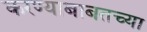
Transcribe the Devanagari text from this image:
करण्याबाबतच्या